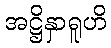
အဋ္ဌိနှာရူဟိ